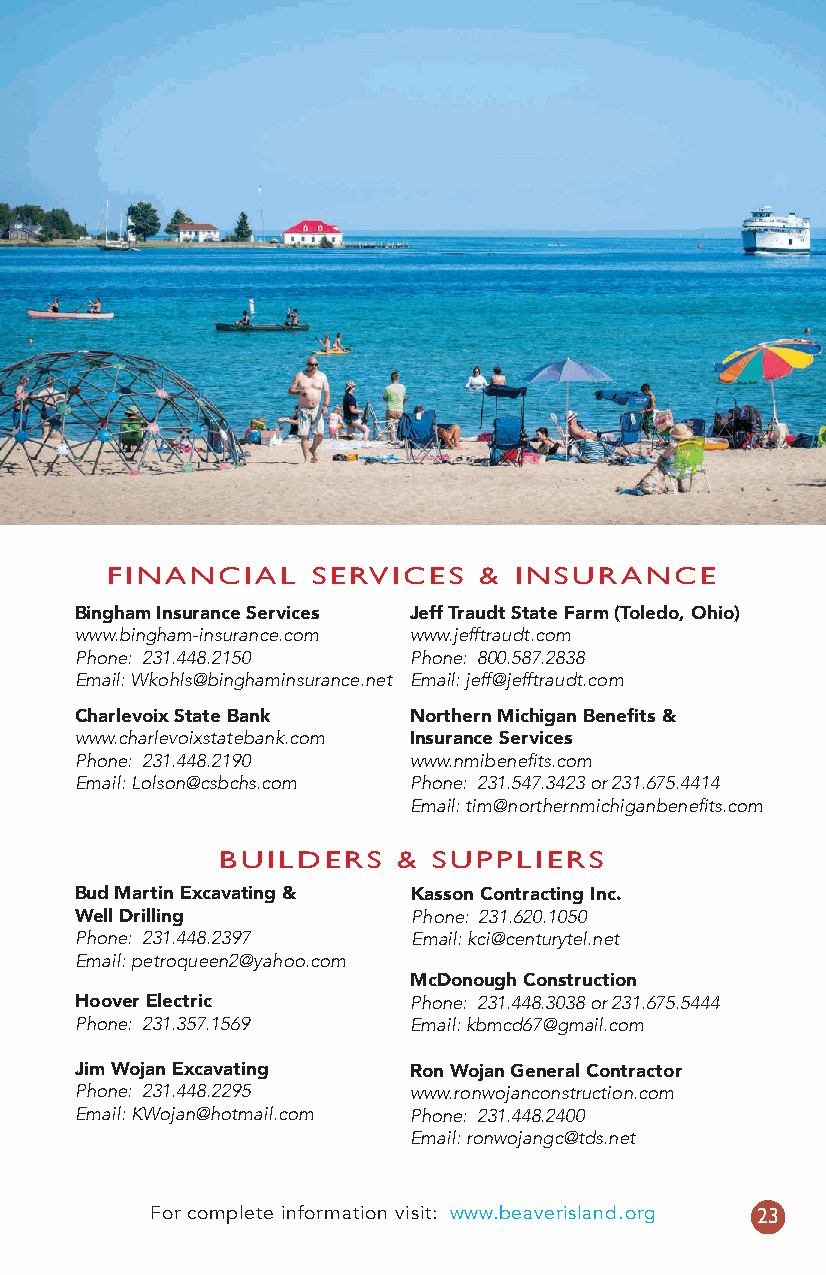
FINANCIAL     SERVICES   & INSURANCE
 Bingham Insurance Services Jeff Traudt State Farm (Toledo, Ohio)
 www.bingham-insurance.com www.jefftraudt.com
 Phone: 231.448.2150   Phone: 800.587.2838
 Email: Wkohls@binghaminsurance.net Email: jeff@jefftraudt.com
 Charlevoix State Bank Northern Michigan Benefits &
 www.charlevoixstatebank.com Insurance Services
 Phone: 231.448.2190   www.nmibenefits.com
 Email: Lolson@csbchs.com Phone: 231.547.3423 or 231.675.4414
 Email: tim@northernmichiganbenefits.com
 BUILDERS    & SUPPLIERS
 Bud Martin Excavating & Kasson Contracting Inc.
 Well Drilling          Phone: 231.620.1050
 Phone: 231.448.2397    Email: kci@centurytel.net
 Email: petroqueen2@yahoo.com
 McDonough Construction
 Hoover Electric       Phone: 231.448.3038 or 231.675.5444
 Phone: 231.357.1569   Email: kbmcd67@gmail.com
 Jim Wojan Excavating  Ron Wojan General Contractor
 Phone: 231.448.2295   www.ronwojanconstruction.com
 Email: KWojan@hotmail.com Phone: 231.448.2400
 Email: ronwojangc@tds.net
 For complete information visit: www.beaverisland.org 23
 13449.indd 23                                 4/7/17 9:38 AM